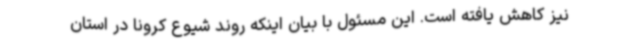
نیز کاهش یافته است. این مسئول با بیان اینکه روند شیوع کرونا در استان